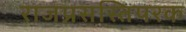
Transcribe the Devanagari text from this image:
राजप्रसस्तिपरक